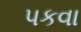
પકવા